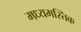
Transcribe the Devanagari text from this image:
मध्यमस्तिक